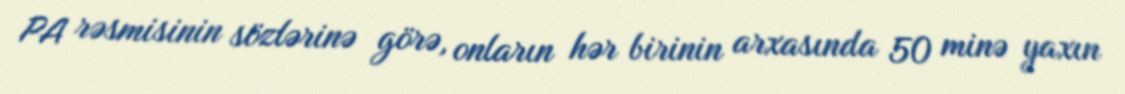
PA rəsmisinin sözlərinə görə, onların hər birinin arxasında 50 minə yaxın